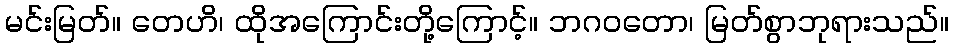
မင်းမြတ်။ တေဟိ၊ ထိုအကြောင်းတို့ကြောင့်။ ဘဂဝတော၊ မြတ်စွာဘုရားသည်။